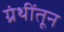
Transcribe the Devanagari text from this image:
ग्रंथींतून